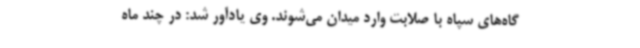
گاه‌های سپاه با صلابت وارد میدان می‌شوند. وی یادآور شد: در چند ماه